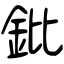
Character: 鈚